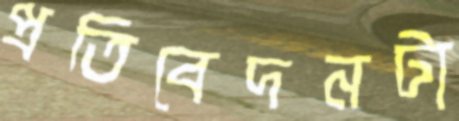
প্রতিবেদনটা